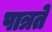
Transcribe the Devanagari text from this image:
पात्रते